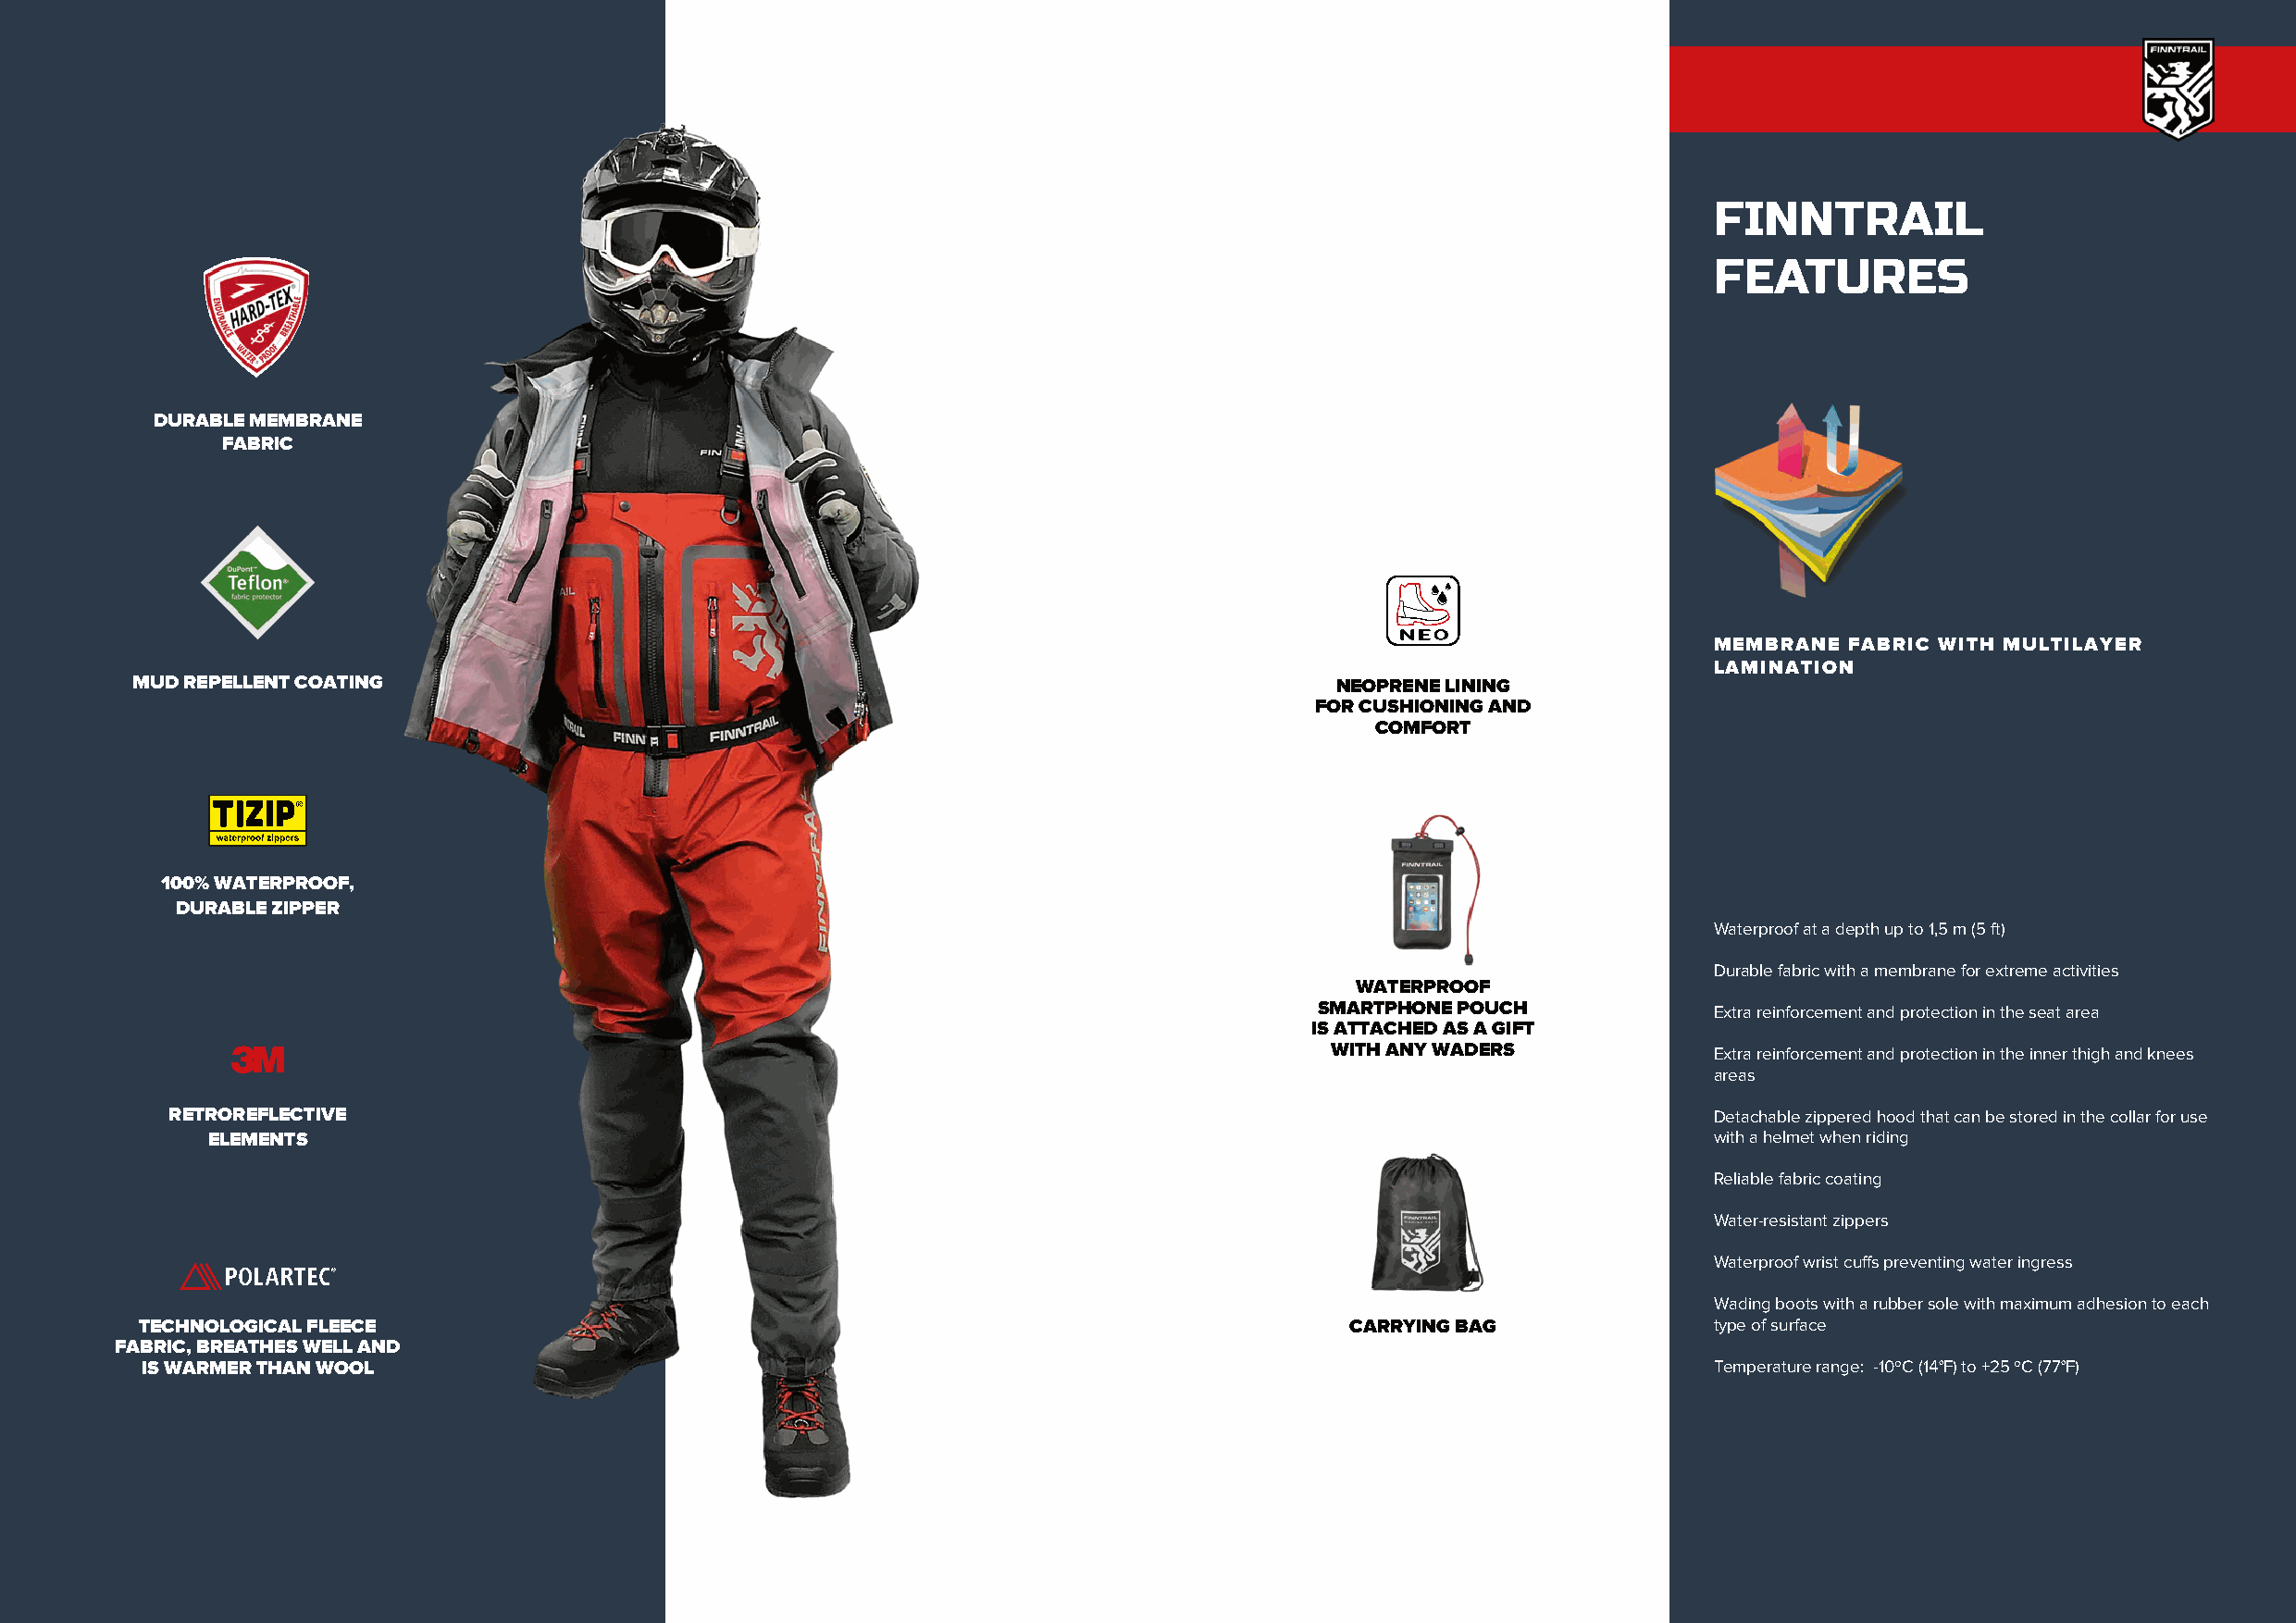
FINNTRAIL
 FEATURES
 DURABLE MEMBRANE
 FABRIC
 MEMBRANE FABRIC WITH MULTILAYER
 LAMINATION
 MUD REPELLENT COATING                                                                  NEOPRENE LINING
 FOR CUSHIONING AND
 COMFORT
 100% WATERPROOF,
 DURABLE ZIPPER
 Waterproof at a depth up to 1,5 m (5 ft)
 Durable fabric with a membrane for extreme activities
 WATERPROOF
 SMARTPHONE POUCH             Extra reinforcement and protection in the seat area
 IS ATTACHED AS A GIFT
 WITH ANY WADERS             Extra reinforcement and protection in the inner thigh and knees
 areas
 RETROREFLECTIVE                                                                                                Detachable zippered hood that can be stored in the collar for use
 ELEMENTS                                                                                                    with a helmet when riding
 Reliable fabric coating
 Water-resistant zippers
 Waterproof wrist cuffs preventing water ingress
 Wading boots with a rubber sole with maximum adhesion to each
 TECHNOLOGICAL FLEECE                                                                   CARRYING BAG              type of surface
 FABRIC, BREATHES WELL AND
 IS WARMER THAN WOOL                                                                                              Temperature range: -10ºС (14°F) to +25 ºС (77°F)